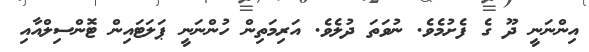
އިންނަނީ ދޫ ގެ ފެށުމެވެ. ނުވަތަ ދުލެވެ. އަރިމަތިން ހުންނަނީ ޕަލަޓައިން ޓޮންސިލްއާއި